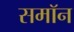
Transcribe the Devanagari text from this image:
समॉन